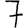
Digit: 7